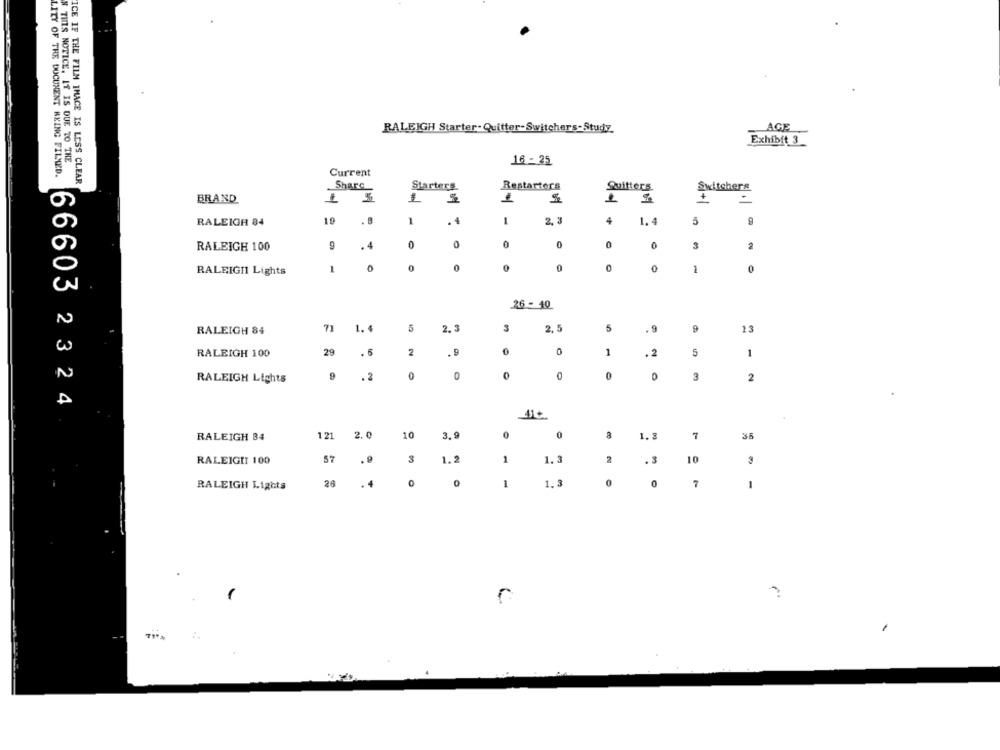
AGE
RALEIGH Starter-Quitter-Switchers-Study
Exhibit 3
N THIS NOTICE. IT IS DUE TO THE
16 = 25
LITY OF THE DOCUMENT BEING FILMED.
Current
ICE IF THE FILM IMACE IS LESS CLEAR
Share
Starters
Restarters
Quitters
Switchers
BRAND
1
RALEIGH 84
19
. 8
1
.4
1
2, 3
4
RALEIGH 100
9
4
0
0
0
0
0
RALEIGH Lights
0
0
0
0
-
26 - 40
RALEIGH 84
71
1.4
5
2. 3
3
2.5
5
. 9
9
13
RALEIGH 100
29
. 6
2
. 9
0
1
. 2
5
1
.2
0
0
0
0
RALEIGH Lights
3
2
66603 2324
RALEIGH 84
121
2.0
10
3.9
0
1. 3
7
38
1
1.3
RALEIGIT 100
. 9
3
1.2
2
. S
10
3
RALEIGH Lights
26
0
1
1.3
0
0
7
1